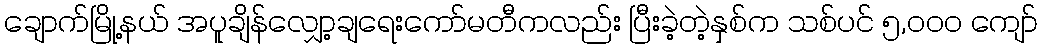
ချောက်မြို့နယ် အပူချိန်လျှော့ချရေးကော်မတီကလည်း ပြီးခဲ့တဲ့နှစ်က သစ်ပင် ၅,၀၀၀ ကျော်